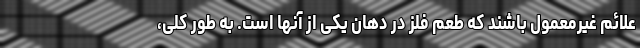
علائم غیرمعمول باشند که طعم فلز در دهان یکی از آنها است. به طور کلی،